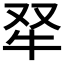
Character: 𤘩